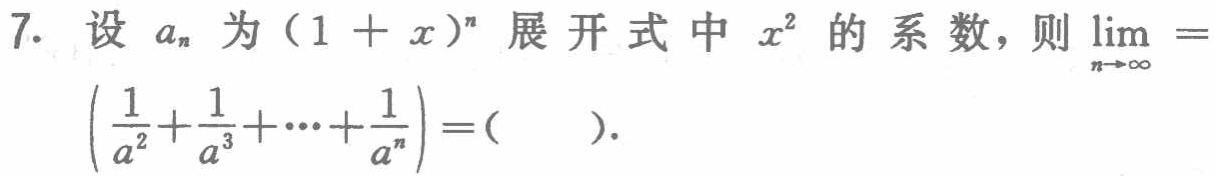
7. 设 \(a_{n}\) 为 \((1 + x)^{n}\) 展开式中 \(x^{2}\) 的系数，则 \(\lim_{n \to \infty}\left(\frac{1}{a_{2}}+\frac{1}{a_{3}}+\cdots+\frac{1}{a_{n}}\right)=(\quad)\).